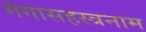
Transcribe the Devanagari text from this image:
गंगासहस्त्रनाम